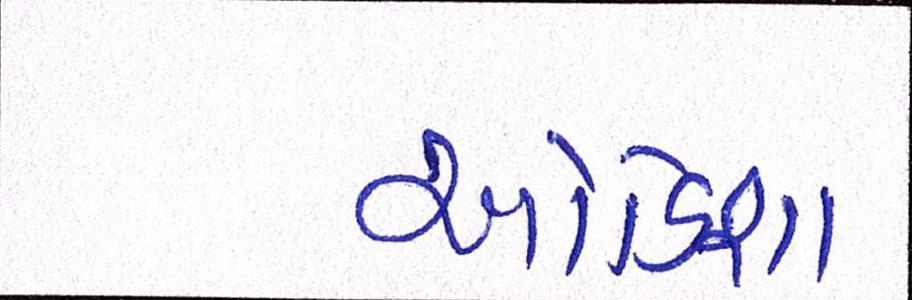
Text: ઓડિશા